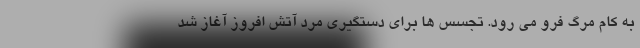
به کام مرگ فرو می رود. تجسس ها برای دستگیری مرد آتش افروز آغاز شد